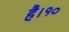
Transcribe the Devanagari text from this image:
है।१०